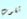
ثقوب